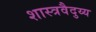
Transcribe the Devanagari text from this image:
शास्त्रवैदुय्य